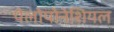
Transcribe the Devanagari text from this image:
पेलोपोनेशियल